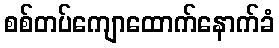
စစ်တပ်ကျောထောက်နောက်ခံ